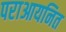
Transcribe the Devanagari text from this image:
पराआयनित